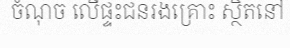
ចំណុច លើផ្ទះជនរងគ្រោះ ស្ថិតនៅ